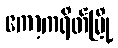
ကော့ကရိတ်မြို့